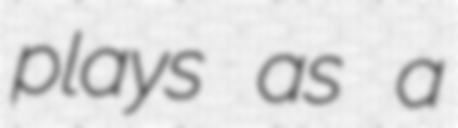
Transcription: plays as a